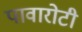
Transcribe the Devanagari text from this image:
पावारोटी